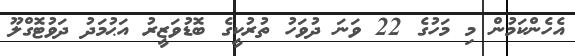
އެހެންކަމުން މި މަހުގެ 22 ވަނަ ދުވަހު ތުރުކީގެ ބޮޑުވަޒީރު އަޙުމަދު ދަވުޓޮގްލޫ